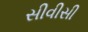
સીવીસી